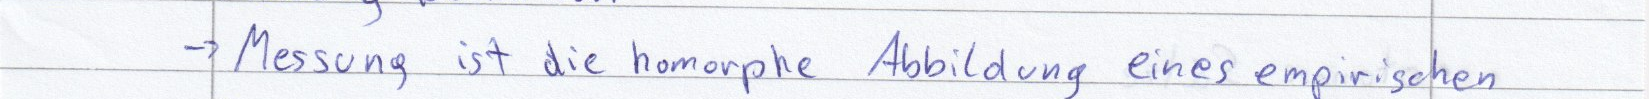
-> Messung ist die homorphe Abbildung eines empirischen